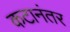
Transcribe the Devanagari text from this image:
कटानंतर